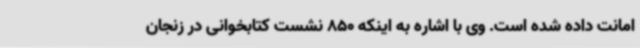
امانت داده شده است. وی با اشاره به اینکه 850 نشست کتابخوانی در زنجان